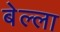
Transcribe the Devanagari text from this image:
बेल्ला